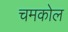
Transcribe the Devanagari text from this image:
चमकोल